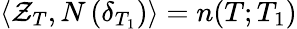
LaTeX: \langle\mathcal{Z}_{T},N\, (\delta_{T_{1}})\rangle=n(T;T_{1})